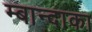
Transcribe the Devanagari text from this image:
म्बान्दाका